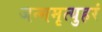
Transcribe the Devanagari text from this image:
जन्ममृत्युहरं